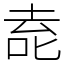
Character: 唟